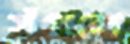
সঁপলে